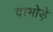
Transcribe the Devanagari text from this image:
दाभोड़े